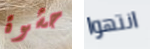
حشوة انتهوا